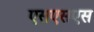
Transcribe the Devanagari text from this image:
एसएसएस